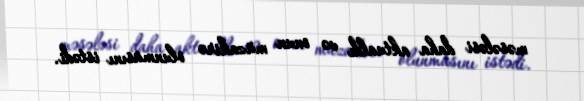
məsələsi daha aktualdı və onun müzakirə olunmasını istədi.